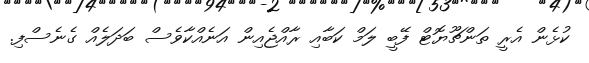
ކުޅެން އެރީ ތަންޗޫޔޮޓް ފޭބީ ލަމް ކަބާއި ރާއްޖެއިން އަނެއްކާވެސް ބަދަލެއް ގެނެސްފި.